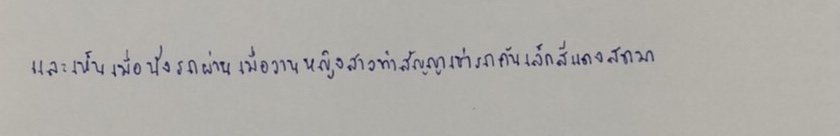
และเห็นเมื่อนั่งรถผ่านเมื่อวานหญิงสาวทำสัญญาเช่ารถคันเล็กสีแดงสดมา